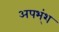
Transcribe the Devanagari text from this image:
अपभ्ंश